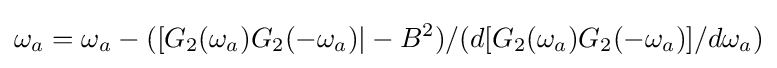
\omega _{a}=\omega _{a}-([G_{2}(\omega _{a})G_{2}(-\omega _{a})|-B^{2})/(d[G_{2}(\omega _{a})G_{2}(-\omega _{a})]/d\omega _{a})